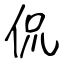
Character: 侃